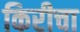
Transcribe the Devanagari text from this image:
किरीचा